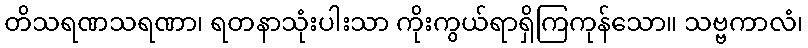
တိသရဏသရဏာ၊ ရတနာသုံးပါးသာ ကိုးကွယ်ရာရှိကြကုန်သော။ သဗ္ဗကာလံ၊